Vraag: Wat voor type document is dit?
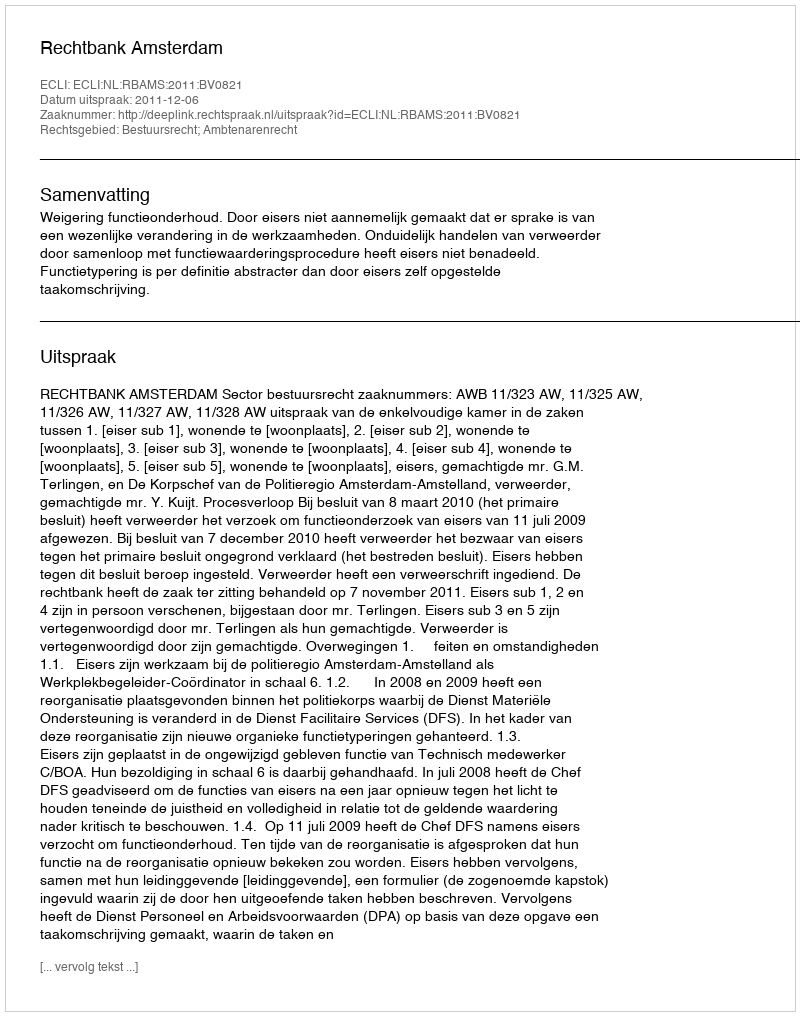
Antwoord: Uitspraak